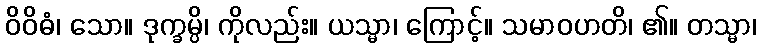
ဝိဝိဓံ၊ သော။ ဒုက္ခမ္ပိ၊ ကိုလည်း။ ယသ္မာ၊ ကြောင့်။ သမာဝဟတိ၊ ၏။ တသ္မာ၊